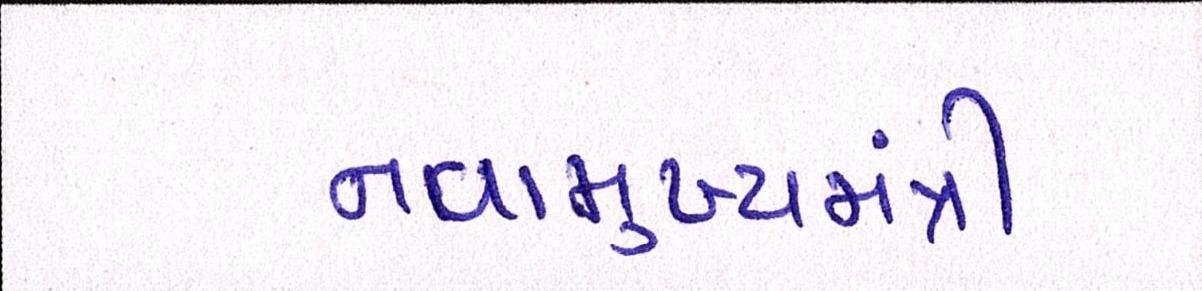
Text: નવામુખ્યમંત્રી